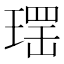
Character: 𱯕